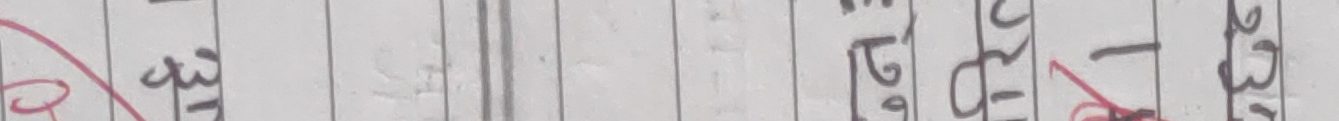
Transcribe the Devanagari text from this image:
अ ३१ गई २३